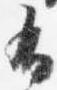
布